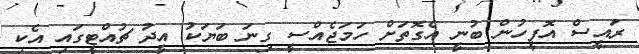
ރައީސް އޮފީހުން ބުނީ އެގޮތަށް ހަމަޖެއްސީ ގިނަ ބަޔަކު އީދު ޗުއްޓީގައި އެކި